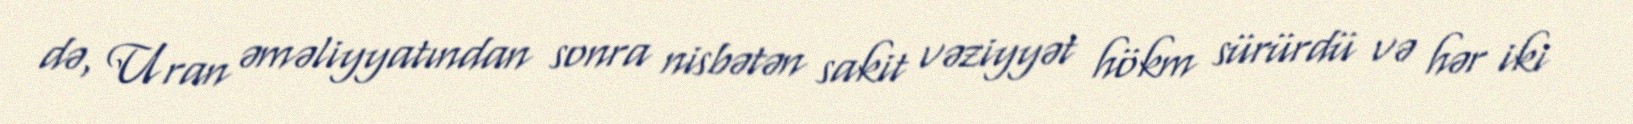
də, Uran əməliyyatından sonra nisbətən sakit vəziyyət hökm sürürdü və hər iki